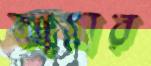
আগ্রার